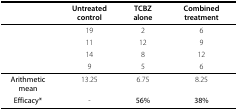
<table><thead><tr><td></td><td><b>Untreated control</b></td><td><b>TCBZ alone</b></td><td><b>Combined treatment</b></td></tr></thead><tbody><tr><td></td><td>19</td><td>2</td><td>6</td></tr><tr><td></td><td>11</td><td>12</td><td>9</td></tr><tr><td></td><td>14</td><td>8</td><td>12</td></tr><tr><td></td><td>9</td><td>5</td><td>6</td></tr><tr><td><b>Arithmetic mean</b></td><td>13.25</td><td>6.75</td><td>8.25</td></tr><tr><td><b>Efficacy*</b></td><td>-</td><td><b>56%</b></td><td><b>38%</b></td></tr></tbody></table>